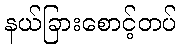
နယ်ခြားစောင့်တပ်